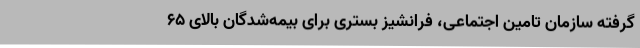
گرفته سازمان تامین اجتماعی، فرانشیز بستری برای بیمه‌شدگان بالای ۶۵